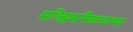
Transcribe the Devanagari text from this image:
मज्झिमनिकायाच्या